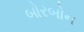
બોરબોન